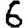
Digit: 6